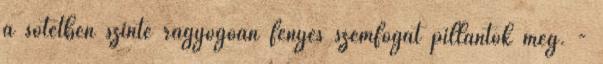
a sötétben szinte ragyogóan fényes szemfogat pillantok meg. -